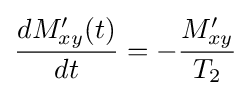
{\frac {dM_{xy}'(t)}{dt}}=-{\frac {M_{xy}'}{T_{2}}}